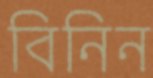
বিনিন